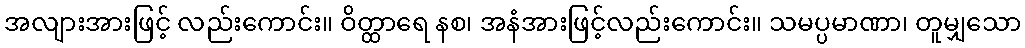
အလျားအားဖြင့် လည်းကောင်း။ ဝိတ္ထာရေ နစ၊ အနံအားဖြင့်လည်းကောင်း။ သမပ္ပမာဏာ၊ တူမျှသော